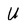
Character: U